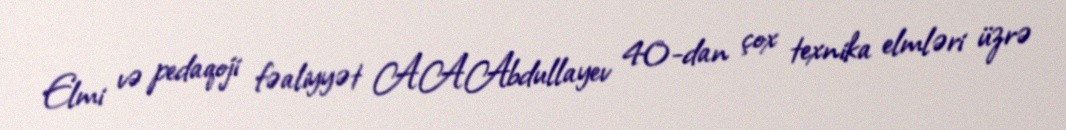
Elmi və pedaqoji fəaliyyət A.A.Abdullayev 40-dan çox texnika elmləri üzrə